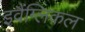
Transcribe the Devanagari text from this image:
इवैंग्लिकल